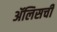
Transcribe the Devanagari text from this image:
ॲलिसची